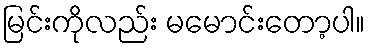
မြင်းကိုလည်း မမောင်းတော့ပါ။